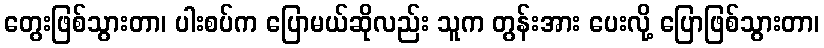
တွေးဖြစ်သွားတာ၊ ပါးစပ်က ပြောမယ်ဆိုလည်း သူက တွန်းအား ပေးလို့ ပြောဖြစ်သွားတာ၊